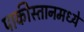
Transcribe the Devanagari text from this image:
पाकीस्तानमध्ये